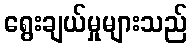
ရွေးချယ်မှုများသည်